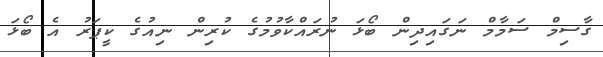
ގާސިމް ސަމާމް ނަގައިދިން ބޯޅަ ނުރައްކާވުމުގެ ކުރިން ނިއުގެ ކީޕަރު އެ ބޯޅަ